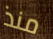
منذ